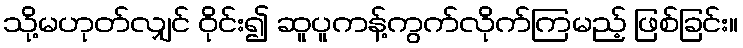
သို့မဟုတ်လျှင် ဝိုင်း၍ ဆူပူကန့်ကွက်လိုက်ကြမည့် ဖြစ်ခြင်း။